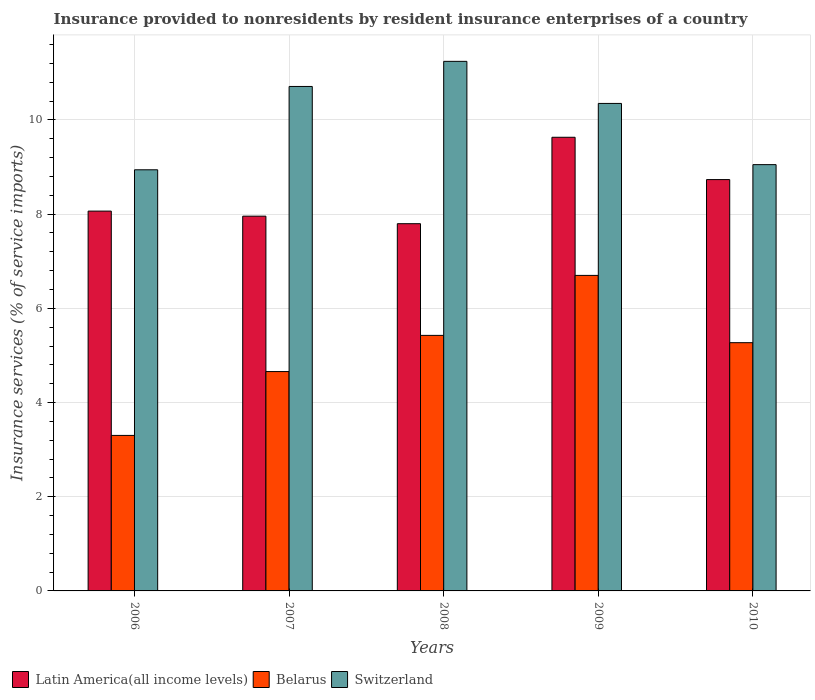
| Years | Latin America(all income levels) | Belarus | Switzerland |
 | --- | --- | --- | --- |
 | 2006 | 8.06 | 3.3 | 8.94 |
 | 2007 | 7.96 | 4.66 | 10.7 |
 | 2008 | 7.8 | 5.43 | 11.2 |
 | 2009 | 9.63 | 6.7 | 10.4 |
 | 2010 | 8.73 | 5.27 | 9.05 |